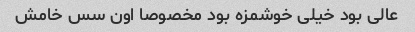
عالی بود خیلی خوشمزه بود مخصوصا اون سس خامش